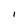
Character: I